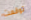
توقعت